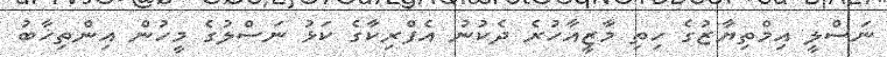
ނަސްލީ އިމްތިޔާޒުގެ ހިތި މާޒީއާހުރެ ދެކުނު އެފްރިކާގެ ކަޅު ނަސްލުގެ މީހުން އިންތިޚާބު